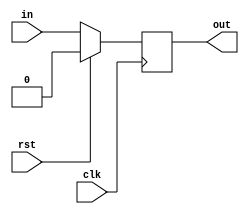
//This is a 1-bit register module.

module one_bit_register_behavioral_module(in, clk, rst, out);

	input in;
	input clk; //clock
	input rst; //reset
	
	output out;
	reg out;	
	
	always@(posedge clk)
	begin
		if(rst == 1'b1)
			out <= 1'b0; 
		else
		begin
			out <= in;
		end
	end



endmodule